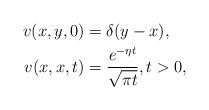
LaTeX: \begin{align*}v(x,y,0) ={}& \delta( y - x),\\v(x,x,t) ={}& \frac{e^{-\eta t}}{\sqrt{\pi t}}, t>0,\end{align*}